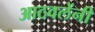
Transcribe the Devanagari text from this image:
आठवलेंनी